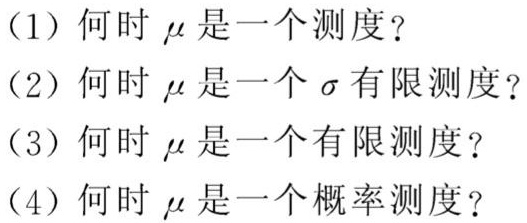
(1) 何时 $\mu$ 是一个测度？
(2) 何时 $\mu$ 是一个 $\sigma$ 有限测度？
(3) 何时 $\mu$ 是一个有限测度？
(4) 何时 $\mu$ 是一个概率测度？